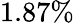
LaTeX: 1.87\%